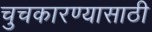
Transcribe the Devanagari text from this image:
चुचकारण्यासाठी